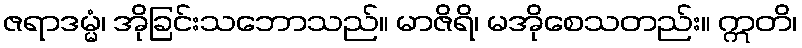
ဇရာဒမ္မံ၊ အိုခြင်းသဘောသည်။ မာဇိရိ၊ မအိုစေသတည်း။ ဣတိ၊